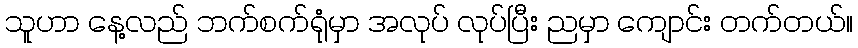
သူဟာ နေ့လည် ဘက်စက်ရုံမှာ အလုပ် လုပ်ပြီး ညမှာ ကျောင်း တက်တယ်။